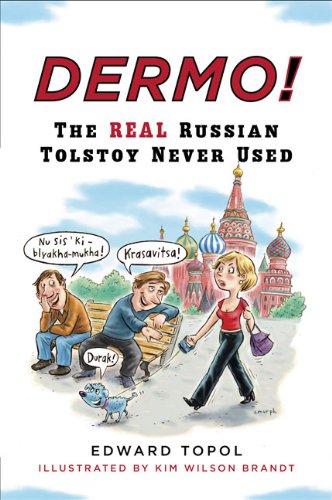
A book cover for Dermo!: The Real Russian Tolstoy Never Used (Russian Edition); Edward Topol; Reference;